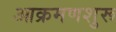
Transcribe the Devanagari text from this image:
आक्रमणशुरू